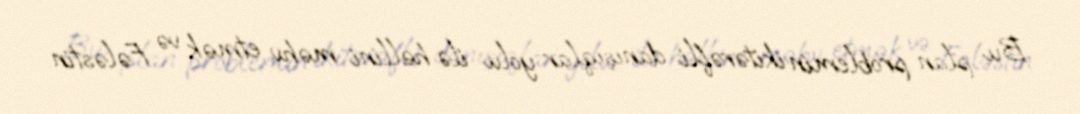
Bu plan problemin ikitərəfli danışıqlar yolu ilə həllini məhv etmək və Fələstin